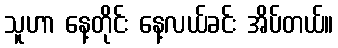
သူဟာ နေ့တိုင်း နေ့လယ်ခင်း အိပ်တယ်။